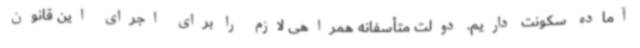
آماده سکونت داریم. دولت متأسفانه همراهی لازم را برای اجرای این قانون